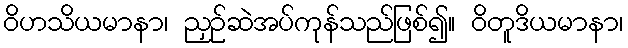
ဝိဟသိယမာနာ၊ ညှဉ်ဆဲအပ်ကုန်သည်ဖြစ်၍။ ဝိတူဒိယမာနာ၊